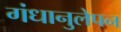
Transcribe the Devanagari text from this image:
गंधानुलेपन